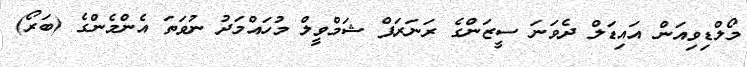
މޯލްޑިވިއަން އައިޑަލް ދެވަނަ ސީޒަންގެ ރަނަރަޕް ޝަމްވީލް މުހައްމަދު ނުވަތަ އެންމެންގެ (ބަރޯ)